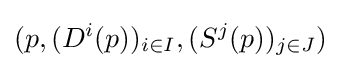
(p,(D^{i}(p))_{i\in I},(S^{j}(p))_{j\in J})